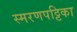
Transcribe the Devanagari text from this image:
स्मरणपट्टिका